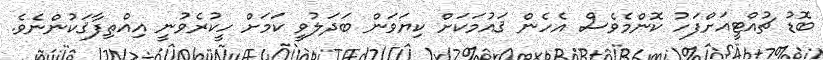
ބޮޑު ޗުއްޓީއަށްފަހު ކޮންމެވެސް އެހެން ޤައުމަކަށް ކިޔަވަން ބަދަލުވީ ކަމަށް ހީކުރެވުނީ އިއްތިފާޤަކުންނެވެ.